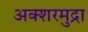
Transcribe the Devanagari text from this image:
अक्शरमुद्रा